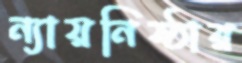
ন্যায়নিষ্ঠার